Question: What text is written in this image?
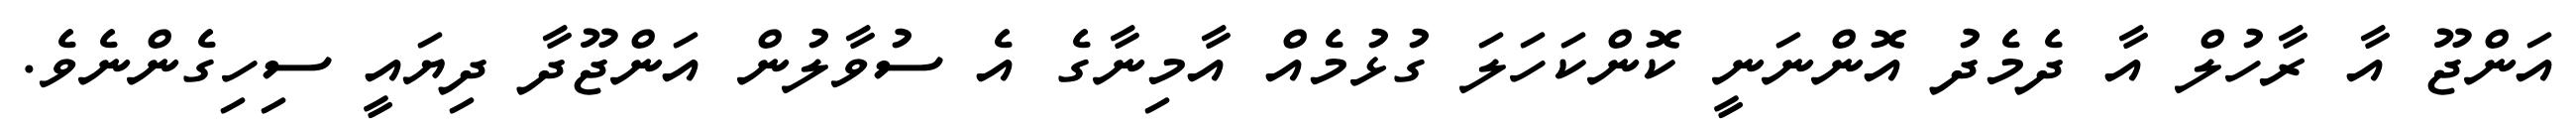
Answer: އަންޖޫ އާ ރާހުލް އާ ދެމެދު އޮންނަނީ ކޮންކަހަލަ ގުޅުމެއް އާމިނާގެ އެ ސުވާލުން އަންޖޫދާ ދިޔައީ ސިހިގެންނެވެ.